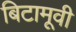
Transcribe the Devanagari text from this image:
बिटामूवी